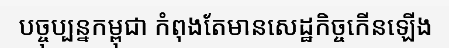
បច្ចុប្បន្នកម្ពុជា កំពុងតែមានសេដ្ឋកិច្ចកើនឡើង